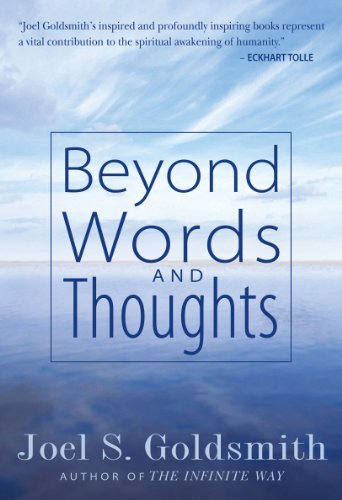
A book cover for Beyond Words and Thoughts; Joel S. Goldsmith; Christian Books & Bibles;